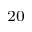
_ { 2 0 }